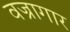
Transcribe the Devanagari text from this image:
वज्रागार